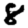
Digit: 8